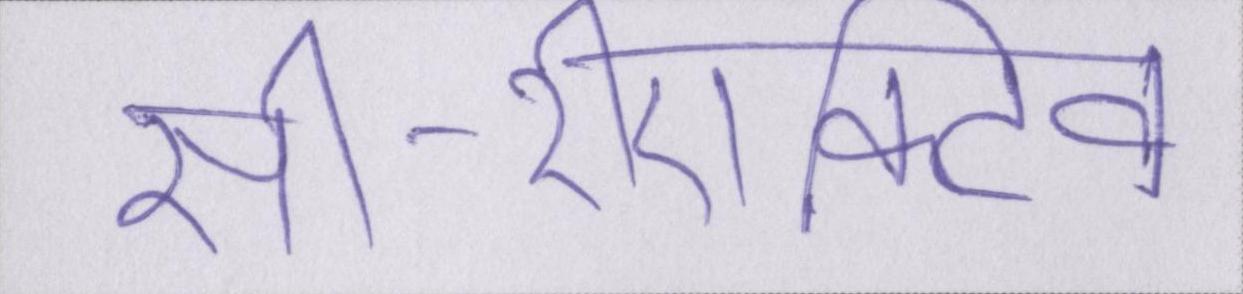
सी-रीएक्टिव